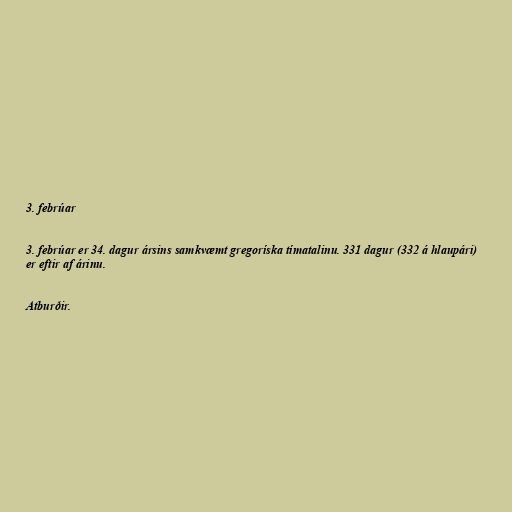
3. febrúar

3. febrúar er 34. dagur ársins samkvæmt gregoríska tímatalinu. 331 dagur (332 á hlaupári)
er eftir af árinu.

Atburðir.